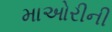
માઓરીની